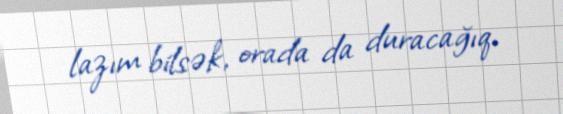
lazım bilsək, orada da duracağıq.